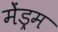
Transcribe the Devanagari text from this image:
मेंड्रम